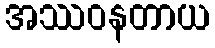
အဿဝနတာယ